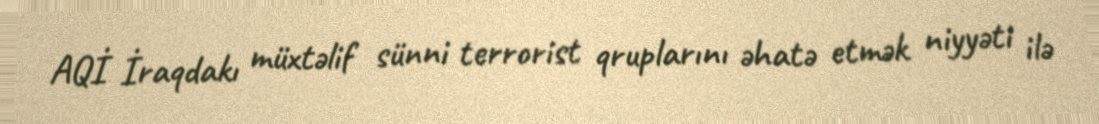
AQİ İraqdakı müxtəlif sünni terrorist qruplarını əhatə etmək niyyəti ilə